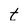
Character: t